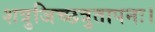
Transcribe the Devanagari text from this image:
शत्रुजिच्छत्रुतापनः।